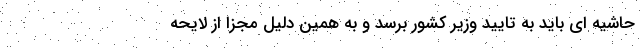
حاشیه ای باید به تایید وزیر کشور برسد و به همین دلیل مجزا از لایحه